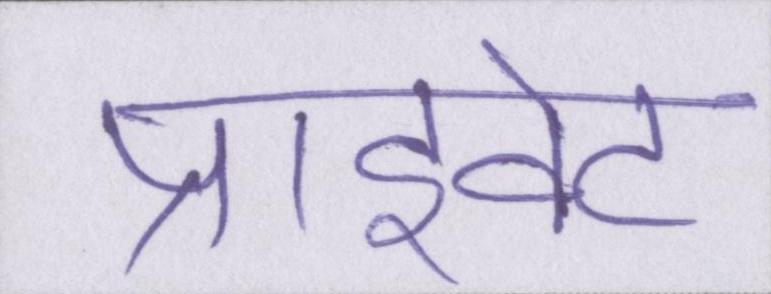
प्राइवेट